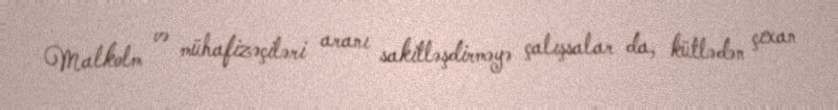
Malkolm və mühafizəçiləri aranı sakitləşdirməyə çalışsalar da, kütlədən çıxan